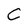
Character: C